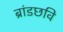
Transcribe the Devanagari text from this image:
ब्रांडछवि